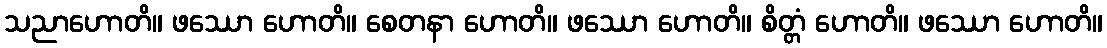
သညာဟောတိ။ ဖဿော ဟောတိ။ စေတနာ ဟောတိ။ ဖဿော ဟောတိ။ စိတ္တံ ဟောတိ။ ဖဿော ဟောတိ။